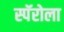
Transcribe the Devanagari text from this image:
स्पॅरोला